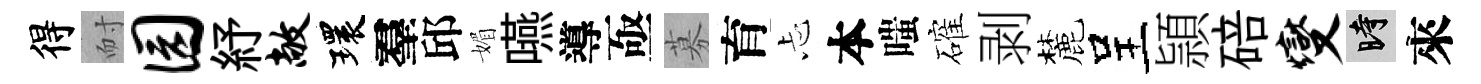
得耐园紓敞環羣邱媚嚥導亟募育忐本嗤確剥麓呈頴碚燮时來